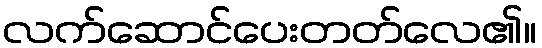
လက်ဆောင်ပေးတတ်လေ၏။